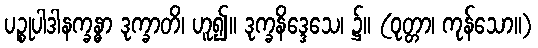
ပဉ္စုပါဒါနက္ခန္ဓာ ဒုက္ခာတိ၊ ဟူ၍။ ဒုက္ခနိဒ္ဒေသေ၊ ၌။ (ဝုတ္တာ၊ ကုန်သော။)